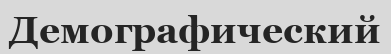
Демографический